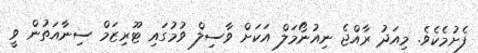
ފެށުމެކެވެ. މިއަދު ރާއްޖެ ނިއުނޯމަލް އަކަށް ވާސިލް ވުމުގައި ޓޫރިޒަމް ސިނާއަތުން ވީ